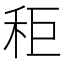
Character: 秬